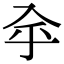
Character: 𠓧